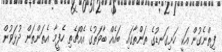
ފިތްނެގުން އަކީ ހަށިގަނޑުގެ ތަންތާގައި ބައެއް ބާވަތުގެ އެއްޗެތި ހެފީމާ އެތަންތަން ދުޅަވުން